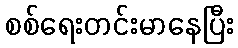
စစ်ရေးတင်းမာနေပြီး